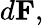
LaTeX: d\mathbf{F},